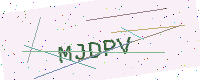
Text: MJDPV